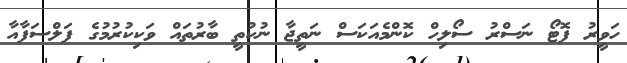
ހަވީރު ފޮޓޯ ނަސްރު ސޯލިހް ކޮންމެއަކަސް ނަތީޖާ ނުކުތީ ބާރުތައް ވަކިކުރުމުގެ ފަލްސަފާއާ